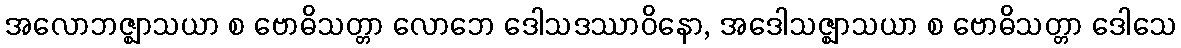
အလောဘဇ္ဈာသယာ စ ဗောဓိသတ္တာ လောဘေ ဒေါသဒဿာဝိနော, အဒေါသဇ္ဈာသယာ စ ဗောဓိသတ္တာ ဒေါသေ